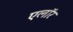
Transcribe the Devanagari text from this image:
एलॉर